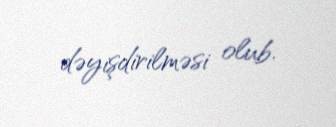
dəyişdirilməsi olub.